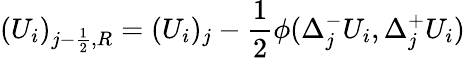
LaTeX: (U_{i})_{j-\frac{1}{2},R}=(U_{i})_{j}-\frac{1}{2}\phi(\Delta_{j}^{-}U_{i},\Delta_{j}^{+}U_{i})